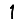
Digit: 1